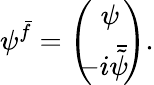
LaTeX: \psi^{\bar{f}}=\left(\begin{array}{c}{{\psi\! }}\\ {{\! \! \! -i\bar{\tilde{\psi}}\! }}\end{array}\right).